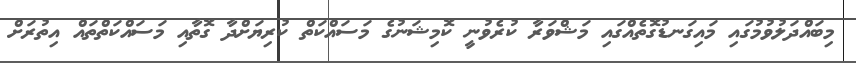
މިބައްދަލުވުމުގައި މައިގަނޑުގޮތެއްގައި މަޝްވަރާ ކުރެވުނީ ކޮމިޝަނުގެ މަސައްކަތް ކުރިޔަށްދާ ގޮތާއި މަސައްކަތްތައް އިތުރަށް